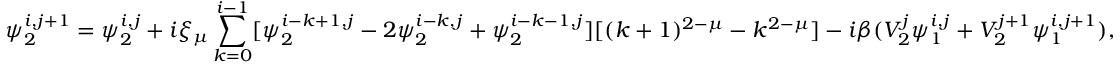
\psi _ { 2 } ^ { i , j + 1 } = \psi _ { 2 } ^ { i , j } + i \xi _ { \mu } \sum _ { k = 0 } ^ { i - 1 } [ \psi _ { 2 } ^ { i - k + 1 , j } - 2 \psi _ { 2 } ^ { i - k , j } + \psi _ { 2 } ^ { i - k - 1 , j } ] [ ( k + 1 ) ^ { 2 - \mu } - k ^ { 2 - \mu } ] - i \beta ( V _ { 2 } ^ { j } \psi _ { 1 } ^ { i , j } + V _ { 2 } ^ { j + 1 } \psi _ { 1 } ^ { i , j + 1 } ) ,